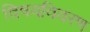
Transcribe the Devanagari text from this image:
विषयविवरण